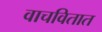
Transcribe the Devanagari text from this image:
वाचवितात